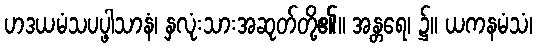
ဟဒယမံသပပ္ဖါသာနံ၊ နှလုံးသားအဆုတ်တို့၏။ အန္တရေ၊ ၌။ ယကနမံသံ၊